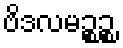
ဗိဒလမဉ္စဉ္စ